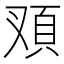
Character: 𩑐